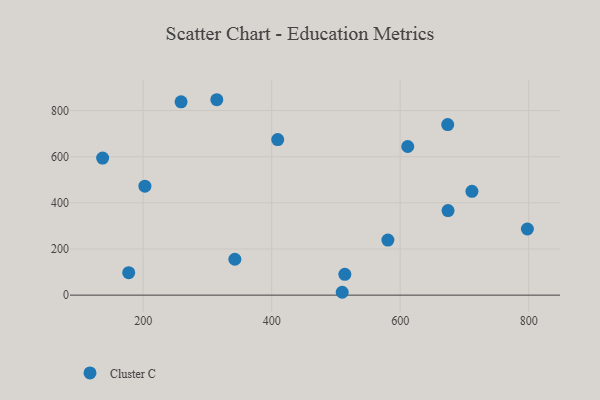
{"axis": {"x": "Investment", "y": "Sales"}, "legend": ["Cluster C"], "data": [{"x": "259.0", "y": 837.7, "type": "Cluster C"}, {"x": "314.6", "y": 846.9, "type": "Cluster C"}, {"x": "611.8", "y": 644.2, "type": "Cluster C"}, {"x": "798.0", "y": 286.6, "type": "Cluster C"}, {"x": "136.9", "y": 594.2, "type": "Cluster C"}, {"x": "509.8", "y": 12.4, "type": "Cluster C"}, {"x": "409.4", "y": 674.2, "type": "Cluster C"}, {"x": "177.5", "y": 97.4, "type": "Cluster C"}, {"x": "674.0", "y": 739.2, "type": "Cluster C"}, {"x": "202.7", "y": 472.1, "type": "Cluster C"}, {"x": "580.9", "y": 238.5, "type": "Cluster C"}, {"x": "342.7", "y": 155.5, "type": "Cluster C"}, {"x": "513.9", "y": 90.4, "type": "Cluster C"}, {"x": "674.5", "y": 366.6, "type": "Cluster C"}, {"x": "711.7", "y": 449.8, "type": "Cluster C"}]}